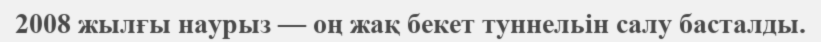
2008 жылғы наурыз — оң жақ бекет туннельін салу басталды.